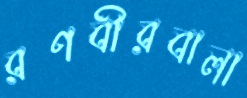
রণবীরবালা